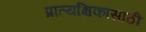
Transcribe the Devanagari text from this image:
प्रात्यक्षिकासाठी